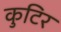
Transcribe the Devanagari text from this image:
कुटिर